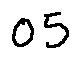
0 5